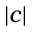
| c |